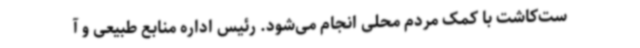
ست‌کاشت با کمک مردم محلی انجام می‌شود. رئیس اداره منابع طبیعی و آ